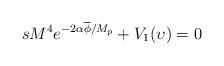
LaTeX: \begin{align*}sM^{4}e^{-2\alpha\overline{\phi}/M_{p}}+V_{1}(\upsilon)=0\end{align*}